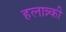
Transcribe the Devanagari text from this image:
हलान्न्की